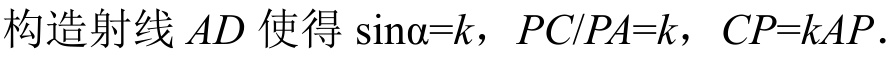
构造射线 \(AD\) 使得 \(\sin\alpha = k\)，\(PC/PA = k\)，\(CP = kAP\).